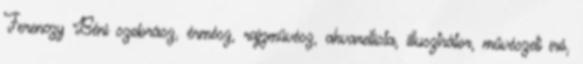
Ferenczy Béni szobrász, érmész, rajzművész, akvarellista, illusztrátor, művészeti író,